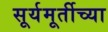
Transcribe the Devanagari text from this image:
सूर्यमूर्तीच्या